Calcutta medical institutions reports 1871-78
Year: 1871
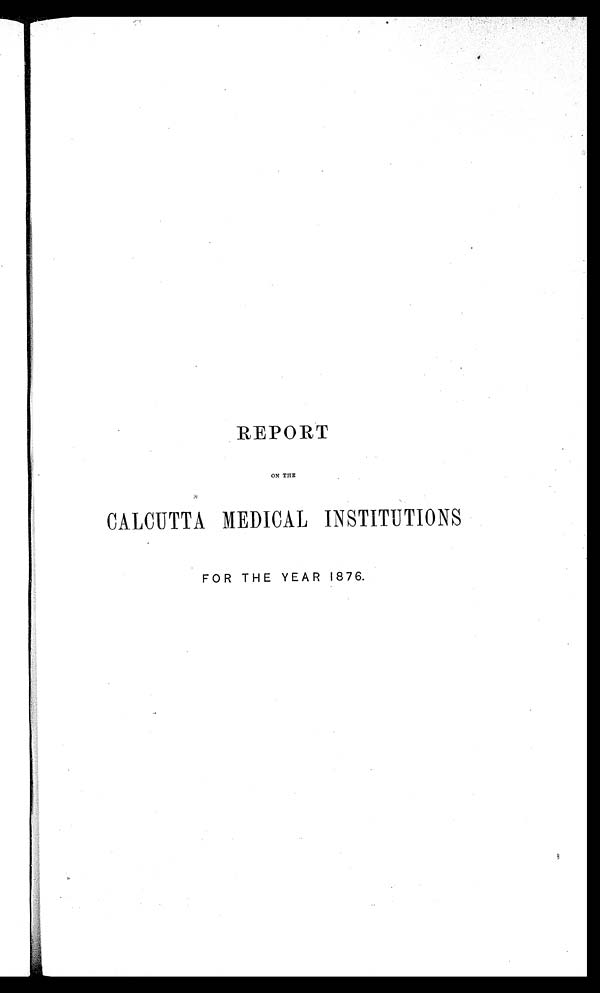
REPORT
ON THE
CALCUTTA MEDICAL INSTITUTIONS
FOR THE YEAR 1876.